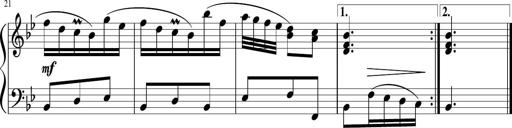
Title: 12 Keyboard Sonatinas
Composer: James Hook